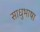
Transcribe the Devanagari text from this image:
साधुभाषा